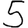
Digit: 5